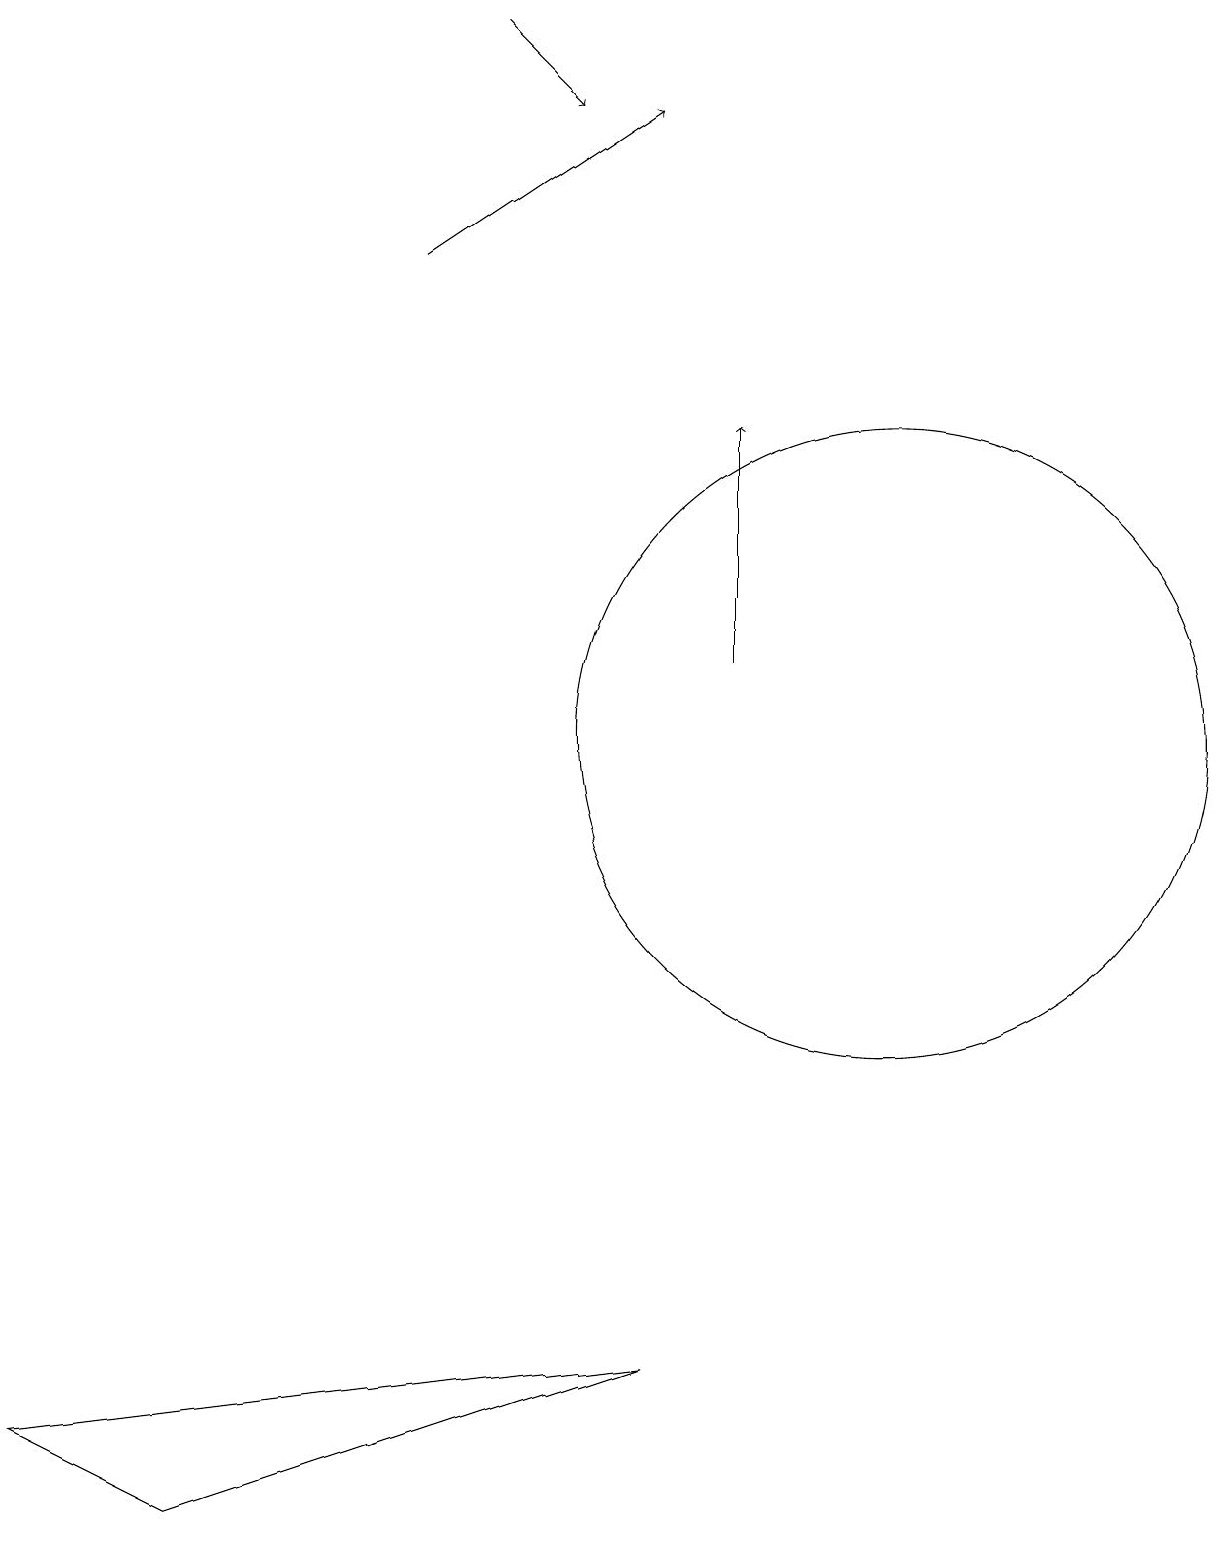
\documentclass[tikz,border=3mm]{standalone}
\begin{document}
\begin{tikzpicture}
\draw[->] (9,11) -- (9,14);
\draw[->] (6,19) -- (7,18);
\draw[->] (5,16) -- (8,18);
\draw (0,1) -- (8,2) -- (2,0) -- cycle;
\draw (11,10) circle (4);
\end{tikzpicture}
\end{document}